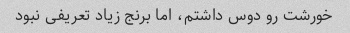
خورشت رو دوس داشتم، اما برنج زیاد تعریفی نبود